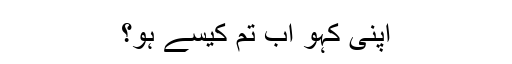
اپنی کہو اب تم کیسے ہو؟